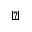
\flat